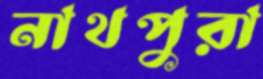
নাথপুরা